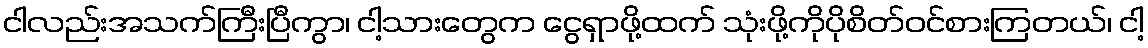
ငါလည်းအသက်ကြီးပြီကွာ၊ ငါ့သားတွေက ငွေရှာဖို့ထက် သုံးဖို့ကိုပိုစိတ်ဝင်စားကြတယ်၊ ငါ့